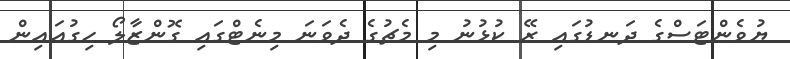
ޔުވެންޓަސްގެ ދަނޑުގައި ރޭ ކުޅުނު މި މެޗުގެ ދެވަނަ މިނެޓްގައި ގޮންޒާލޯ ހިގުއައިން